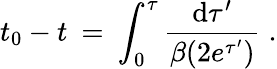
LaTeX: t_{0}-t\: =\: \int_{0}^{\tau}\frac{\mathrm{d}\tau^{\prime}}{\beta(2e^{\tau^{\prime}})}\; .